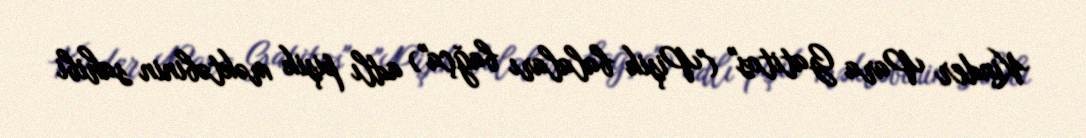
Kinder Para Gatitos" ("Pişik balaları bağça") adlı pişik məktəbinin sahibi